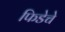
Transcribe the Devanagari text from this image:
फिडेचे